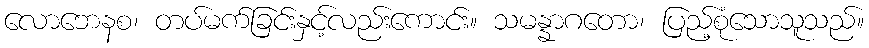
လောဘေနစ၊ တပ်မက်ခြင်းနှင့်လည်းကောင်း။ သမန္နာဂတော၊ ပြည့်စုံသောသူသည်။